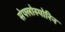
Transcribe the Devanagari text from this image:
सेफ्लोस्पोरिन